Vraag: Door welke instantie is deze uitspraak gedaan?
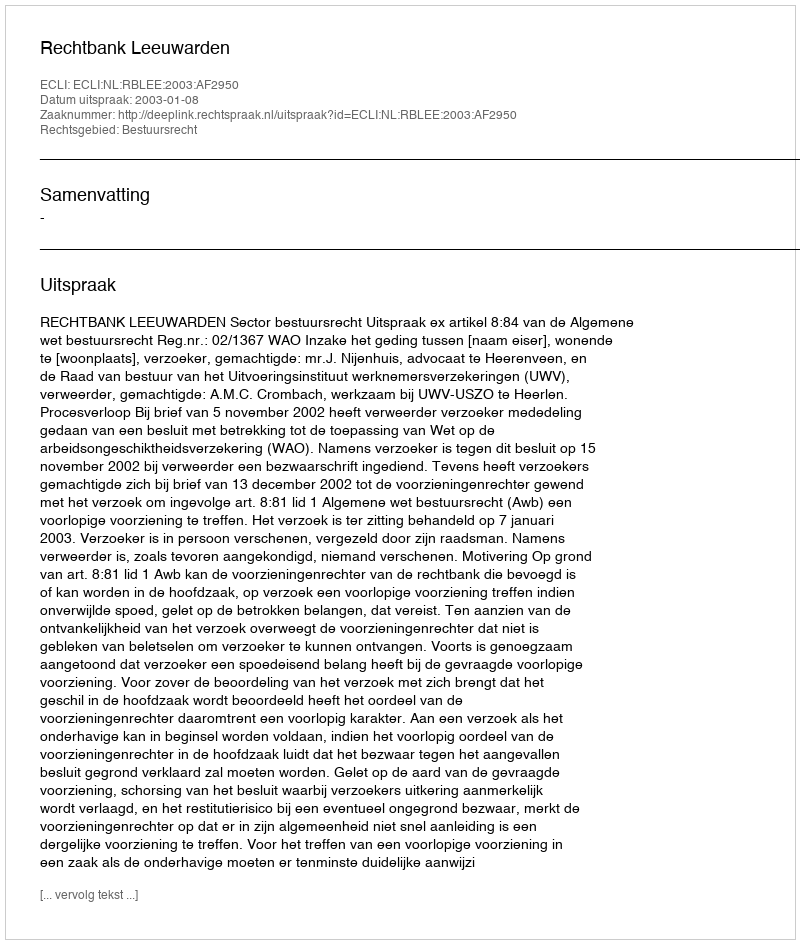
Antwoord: Rechtbank Leeuwarden